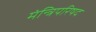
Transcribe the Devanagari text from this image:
मंन्त्रिपरिषद